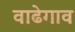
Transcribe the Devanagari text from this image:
वाढेगाव